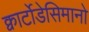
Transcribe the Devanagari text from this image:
क्वार्टोडेसिमानो